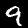
Digit: 9